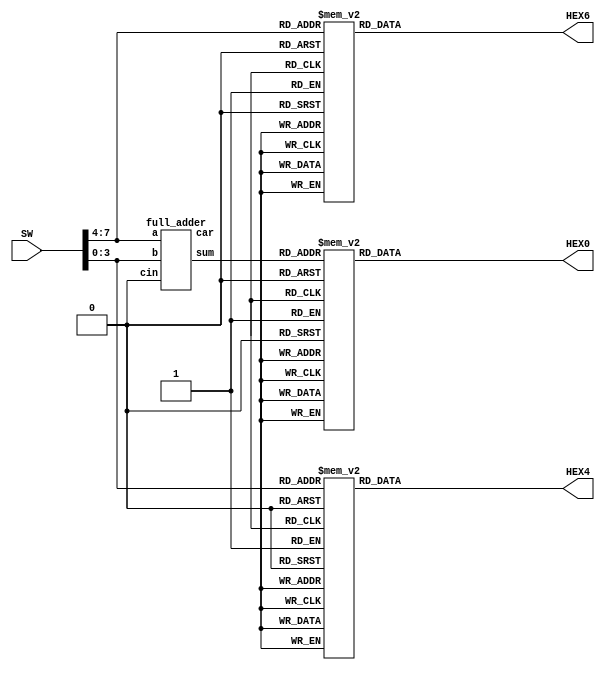
module midterm_sim( input [7:0] SW, output reg [0:6] HEX0,HEX6,HEX4 );
reg [3:0] bit2, bit3;
wire [3:0] bit1;
wire car_1;
reg car_0;
parameter Seg9 = 7'b000_1100; parameter Seg8 = 7'b000_0000; parameter Seg7 = 7'b000_1111; parameter Seg6 = 7'b010_0000; parameter Seg5 = 7'b010_0100;
parameter Seg4 = 7'b100_1100; parameter Seg3 = 7'b000_0110; parameter Seg2 = 7'b001_0010; parameter Seg1 = 7'b100_1111; parameter Seg0 = 7'b000_0001;
	
full_adder fulladd (bit1, car_1, bit2, bit3, car_0); // Create Module fulladd
	
always @(*)
begin
	bit2 = SW[7:4];
	bit3 = SW[3:0];
	car_0 = 1'b0;
end

always @(*)
begin
	case(SW[7:4])
		9:HEX6=Seg9;     8:HEX6=Seg8;	7:HEX6=Seg7;	6:HEX6=Seg6;
		5:HEX6=Seg5;	4:HEX6=Seg4;	3:HEX6=Seg3;	2:HEX6=Seg2;
		1:HEX6=Seg1;	0:HEX6=Seg0;  default: HEX6 = 7'b1111111;
	endcase
	case(SW[3:0])
		9:HEX4=Seg9;	8:HEX4=Seg8;	7:HEX4=Seg7;	6:HEX4=Seg6;
		5:HEX4=Seg5;	4:HEX4=Seg4;	3:HEX4=Seg3;	2:HEX4=Seg2;
		1:HEX4=Seg1;	0:HEX4=Seg0;	default: HEX4 = 7'b1111111;
	endcase
	case(bit1)
		9:HEX0=Seg9;	8:HEX0=Seg8;	7:HEX0=Seg7;	6:HEX0=Seg6;
		5:HEX0=Seg5;	4:HEX0=Seg4;	3:HEX0=Seg3;	2:HEX0=Seg2;			1:HEX0=Seg1;	0:HEX0=Seg0;	default: HEX0 = 7'b1111111;
	endcase
end
endmodule

module full_adder(sum, car, a, b, cin);
output [3:0] sum;
output car;
input [3:0] a, b;
input cin;
wire [2:0] c;

assign sum[0]=a[0] ^ b[0] ^ cin;
assign c[0]=((a[0] ^ b[0]) & cin) | (a[0] & b[0]);

assign sum[1]=a[1] ^ b[1] ^ c[0];
assign c[1]=((a[1] ^ b[1]) & c[0]) | (a[1] & b[1]);

assign sum[2]=a[2] ^ b[2] ^ c[1];
assign c[2]=((a[2] ^ b[2]) & c[1]) | (a[2] & b[2]);

assign sum[3]=a[3] ^ b[3] ^ c[2];
assign car=((a[3] ^ b[3]) & c[2]) | (a[3] & b[3]);

endmodule